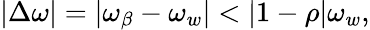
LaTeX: \begin{array}{r}{|\Delta\omega|=|\omega_{\beta}-\omega_{w}|<|1-\rho|\omega_{w}\mathrm{,}}\end{array}